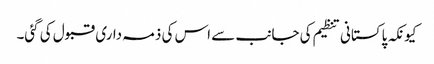
کیونکہ پاکستانی تنظیم کی جانب سے اس کی ذمہ داری قبول کی گئی۔